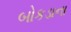
બોકડાના